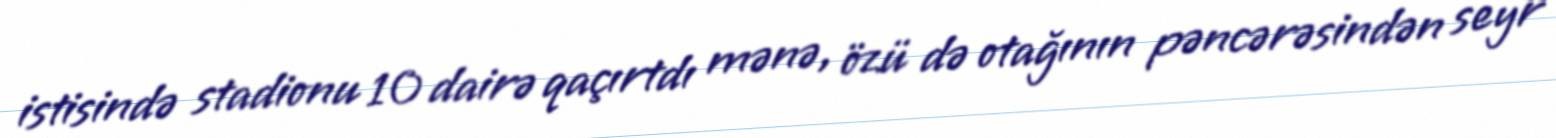
istisində stadionu 10 dairə qaçırtdı mənə, özü də otağının pəncərəsindən seyr